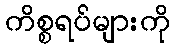
ကိစ္စရပ်များကို